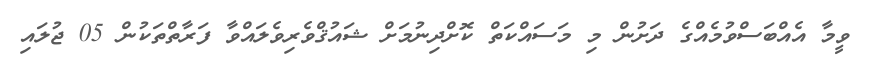
ވީމާ އެއްބަސްވުމެއްގެ ދަށުން މި މަސައްކަތް ކޮށްދިނުމަށް ޝައުޤްވެރިވެލައްވާ ފަރާތްތަކުން 05 ޖުލައި